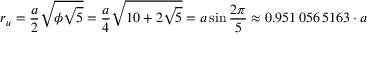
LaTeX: r _ { u } = { \frac { a } { 2 } } { \sqrt { \phi { \sqrt { 5 } } } } = { \frac { a } { 4 } } { \sqrt { 1 0 + 2 { \sqrt { 5 } } } } = a \sin { \frac { 2 \pi } { 5 } } \approx 0 . 9 5 1 \, 0 5 6 \, 5 1 6 3 \cdot a